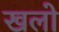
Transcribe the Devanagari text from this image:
खलो